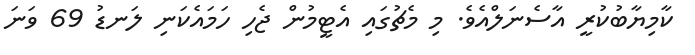
ކާމިޔާބުކުރީ އާސެނަލްއެވެ. މި މެޗުގައި އެޓީމުން ޖެހި ހަމައެކަނި ލަނޑު 69 ވަނަ